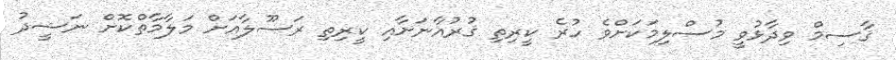
ޤާސިމް ވިދާޅުވީ މުސްލިމަކަށްވެ ހުރެ ކީރިތި ޤުރުއާނަށާއި ކީރިތި ރަސޫލާއަށް މަލާމާތްކޮށް ނަޝީދު